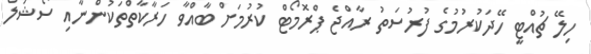
ހިލޭ ޗުއްޓީ ހޭދަކުރުމުގެ ފުރުސަތު ރާއްޖެ ޕްރޮމޯޓް ކުރުމަށް ބާއްވާ ހަރާކާތްތަކުންނާއި ސޯޝަލް